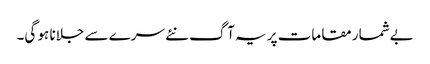
بےشمار مقامات پر یہ آگ نئے سرے سے جلانا ہو گی۔